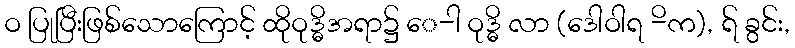
ဝ ပြုပြီးဖြစ်သောကြောင့် ထိုဝုဒ္ဓိအရာ၌ ေ-ါ ဝုဒ္ဓိ လာ (ဒေါဝါရ -ိက), ရ် ခွင်း,